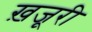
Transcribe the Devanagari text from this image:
ख़जूरी